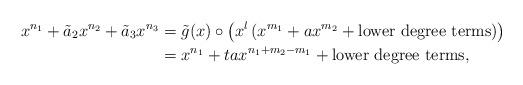
LaTeX: \begin{align*}x^{n_1}+\tilde a_2x^{n_2}+\tilde a_3x^{n_3}&=\tilde g(x) \circ \left ( x^l\left (x^{m_1}+ax^{m_2} + \textnormal{lower degree terms}\right)\right)\\&=x^{n_1}+ta x^{n_1+m_2-m_1}+\textnormal{lower degree terms},\end{align*}